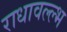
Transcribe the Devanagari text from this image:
राधावल्ल्भ